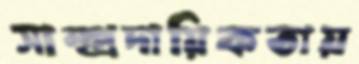
সাম্প্রদায়িকতায়